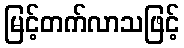
မြင့်တက်လာသဖြင့်